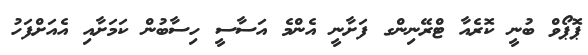
ޕޮޕޯވް ބުނީ ކޮރެއާ ޓްރޭނިންގ ފަށާނީ އެންމެ އަސާސީ ހިސާބުން ކަމަށާއި އެއަށްފަހު